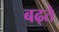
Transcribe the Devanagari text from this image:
बढ्ते